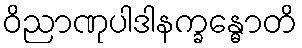
ဝိညာဏုပါဒါနက္ခန္ဓောတိ